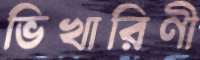
ভিখারিণী